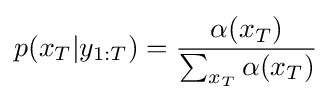
p(x_{T}|y_{1:T})={\frac {\alpha (x_{T})}{\sum _{x_{T}}\alpha (x_{T})}}